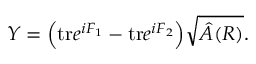
Y = \Big ( \mathrm { t r } e ^ { i F _ { 1 } } - \mathrm { t r } e ^ { i F _ { 2 } } \Big ) \sqrt { \hat { A } ( R ) } .